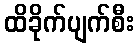
ထိခိုက်ပျက်စီး